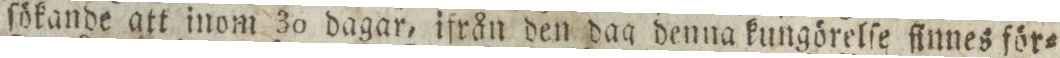
ſökande att inom 30 dagar, ifrån den dag denna kungörelſe finnes för=